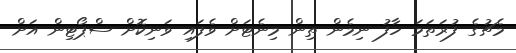
މެޗުގެ ފުރަތަމަ ހާފު ނިމެން ތިން މިނެޓަށް ވެފައި ވަނިކޮށް ސްޕޯޓިން އަށް